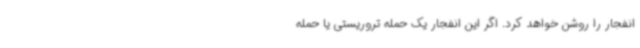
انفجار را روشن خواهد کرد. اگر این انفجار یک حمله تروریستی یا حمله